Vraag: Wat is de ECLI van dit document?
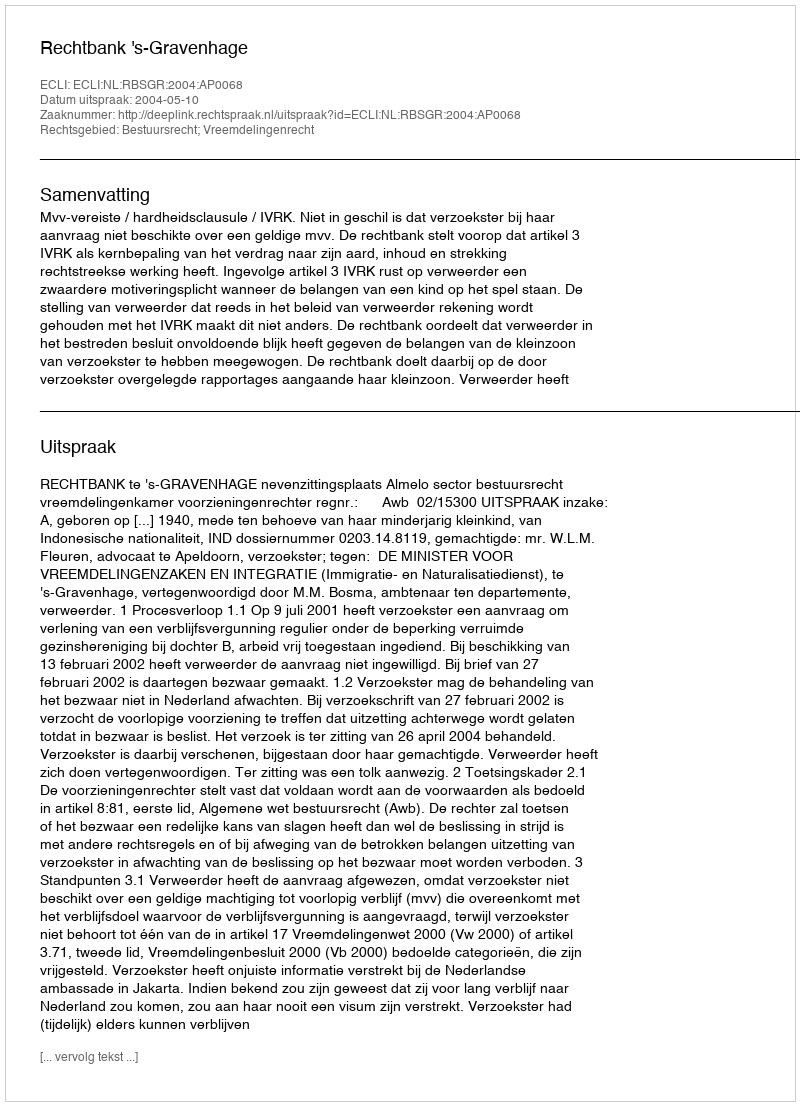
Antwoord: ECLI:NL:RBSGR:2004:AP0068